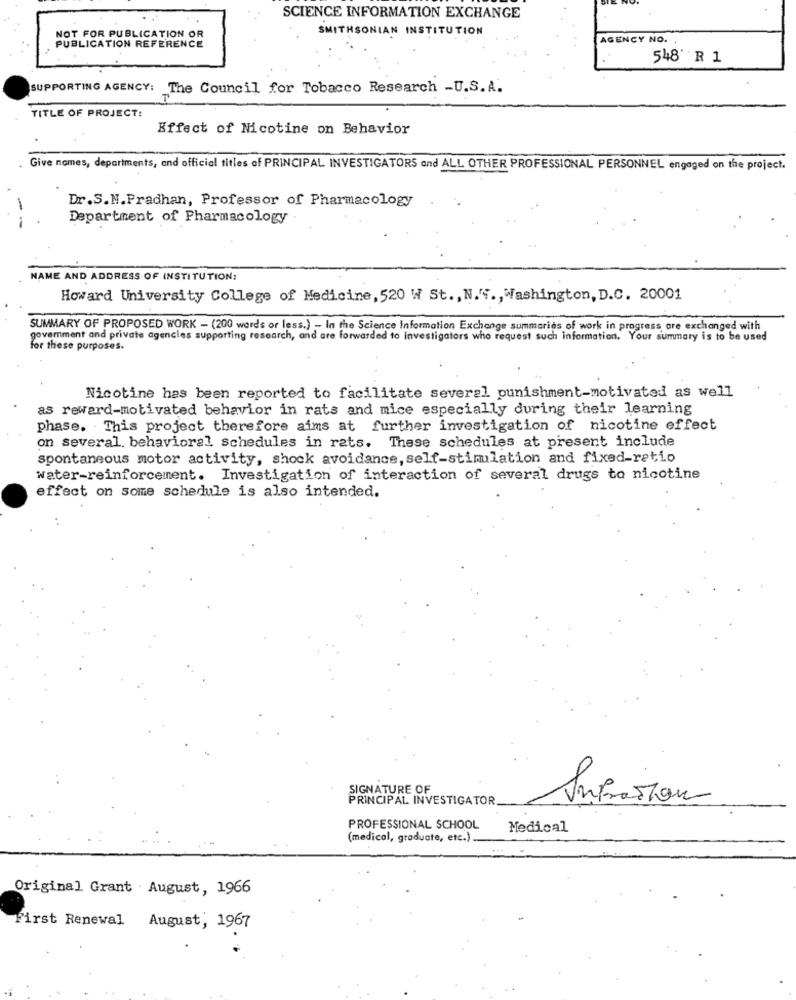
SCIENCE INFORMATION EXCHANGE
SMITHSONIAN INSTITUTION
NOT FOR PUBLICATION OR
AGENCY NO.
PUBLICATION REFERENCE
548' R 1
SUPPORTING AGENCY: The Council for Tobacco Research -U.S. A.
T
TITLE OF PROJECT:
Effect of Nicotine on Behavior
Give nomes, departments, and official titles of PRINCIPAL INVESTIGATORS and ALL OTHER PROFESSIONAL PERSONNEL engaged on the project.
Dr.S.N.Pradhan, Professor of Pharmacology
-
Department of Pharmacology
NAME AND ADDRESS OF INSTITUTION:
Howard University College of Medicine, 520 W St ., N. .., Washington, D.C. 20001
SUMMARY OF PROPOSED WORK - (200 words or less.) - In the Science Information Exchange summaries of work in progress, ore exchanged with
govemment and private agencies supporting research, and are forwarded to investigators who request such information. Your summary is to be used
for these purposes.
Nicotine has been reported to facilitate several punishment-motivated as well
as reward-motivated behavior in rats and mice especially during their learning
phase. This project therefore aims at further investigation of nicotine effect
on several. behavioral schedules in rats. These schedules at present include
spontaneous motor activity, shock avoidance, self-stimulation and fixed-ratio
Water-reinforcement. Investigation of interaction of several drugs to nicotine
effect on some schedule is also intended.
SIGNATURE OF
PRINCIPAL INVESTIGATOR
Infraston
PROFESSIONAL SCHOOL
Medical
(medical, graduate, etc.).
Original Grant . August, 1966
First Renewal August, 1967